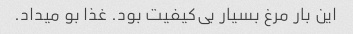
این بار مرغ بسیار بی‌کیفیت بود. غذا بو میداد.